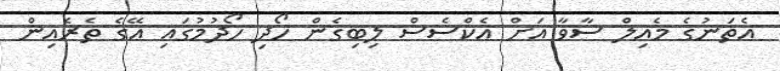
އެތަނުގެ މެއިލް ސާވާ އަށް އެކްސެސް ލިބިގެން ހޯދި ހޯދުމުގައި އޭގެ ތެރެއިން